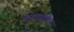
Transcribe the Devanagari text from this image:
केशववामन